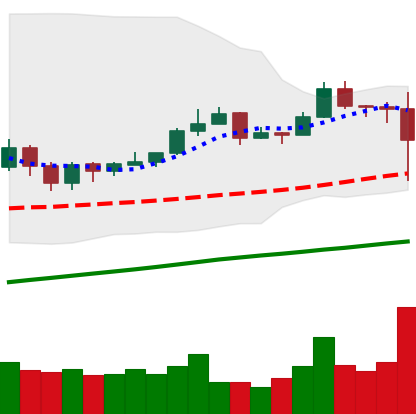
Ticker: EOS-USD
Chart end date: 2019-06-26
Forward return: -11.113%
Label: down_7plus